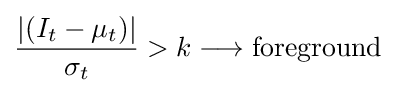
{\frac {|(I_{t}-\mu _{t})|}{\sigma _{t}}}>k\longrightarrow {\text{foreground}}